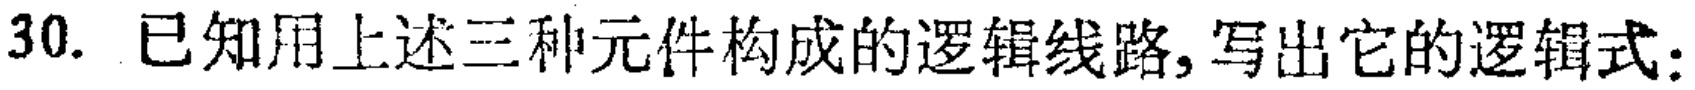
30. 已知用上述三种元件构成的逻辑线路, 写出它的逻辑式: